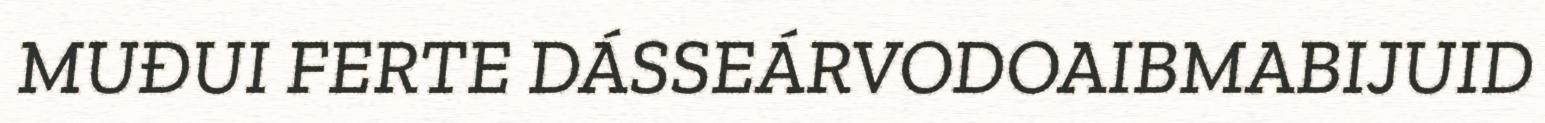
MUĐUI FERTE DÁSSEÁRVODOAIBMABIJUID